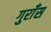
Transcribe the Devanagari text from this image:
गुराँस